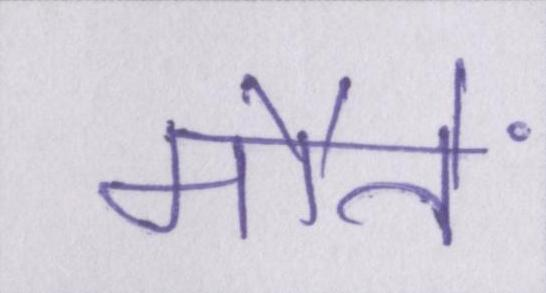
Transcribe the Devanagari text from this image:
मौतें